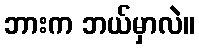
ဘားက ဘယ်မှာလဲ။